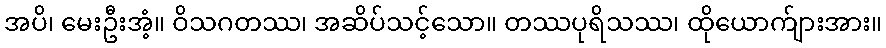
အပိ၊ မေးဦးအံ့။ ဝိသဂတဿ၊ အဆိပ်သင့်သော။ တဿပုရိသဿ၊ ထိုယောက်ျားအား။